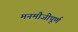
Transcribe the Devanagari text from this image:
मनमौजीपूर्ण